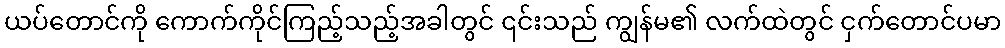
ယပ်တောင်ကို ကောက်ကိုင်ကြည့်သည့်အခါတွင် ၎င်းသည် ကျွန်မ၏ လက်ထဲတွင် ငှက်တောင်ပမာ